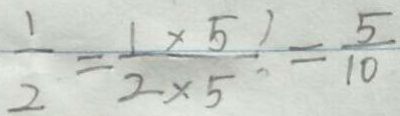
\frac { 1 } { 2 } = \frac { 1 \times 5 ) } { 2 \times 5 } = \frac { 5 } { 1 0 }